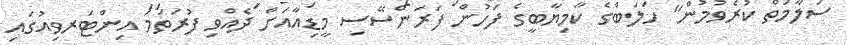
ސަލާމަތް ކުރެވުމުން" ހަލަބްގެ ކާމިޔާބީގެ ފަހުން ފަރަންސޭސި މީޑިއާއަށް ދެއްވި ފުރަތަމަ އިންޓަރވިއުގައި